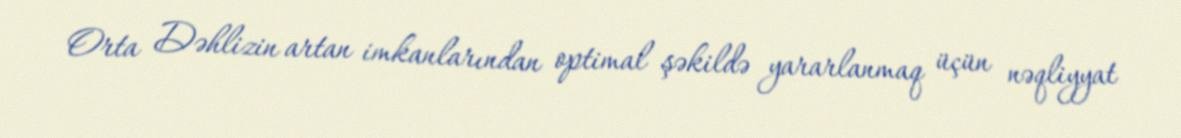
Orta Dəhlizin artan imkanlarından optimal şəkildə yararlanmaq üçün nəqliyyat